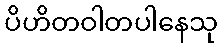
ပိဟိတဝါတပါနေသု